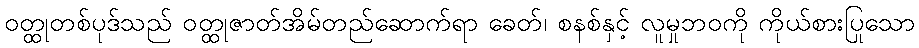
ဝတ္ထုတစ်ပုဒ်သည် ဝတ္ထုဇာတ်အိမ်တည်ဆောက်ရာ ခေတ်၊ စနစ်နှင့် လူမှုဘဝကို ကိုယ်စားပြုသော